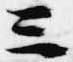
三